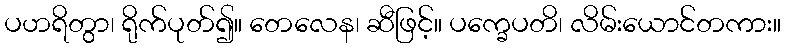
ပဟရိတွာ၊ ရိုက်ပုတ်၍။ တေလေန၊ ဆီဖြင့်။ ပက္ခေပတိ၊ လိမ်းယောင်တကား။